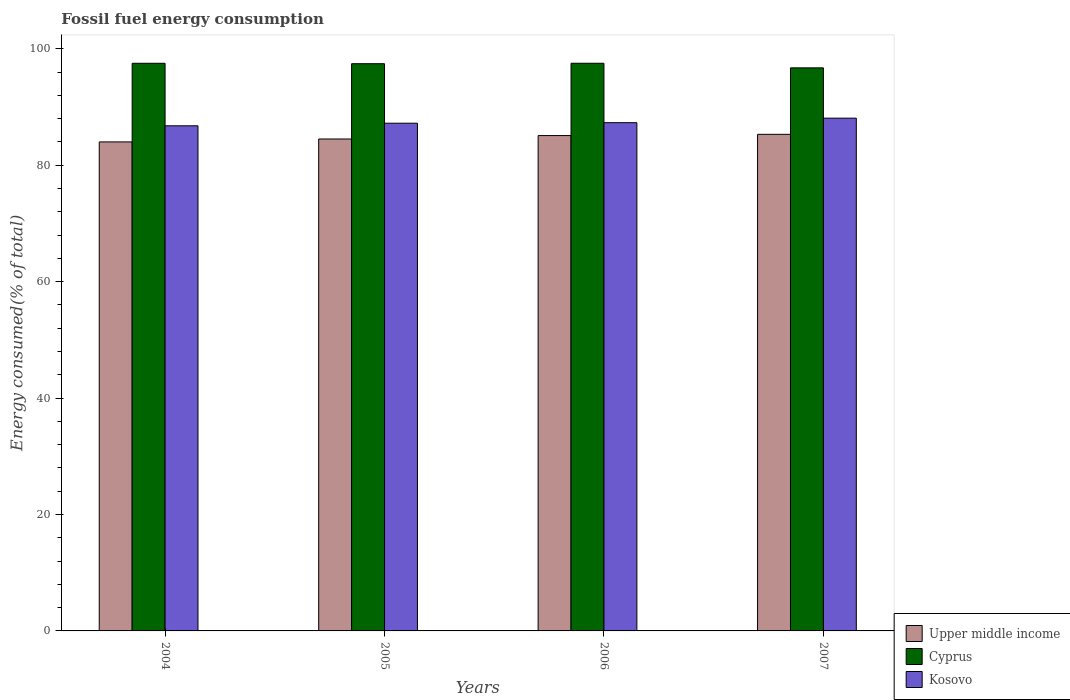
| Years | Upper middle income | Cyprus | Kosovo |
 | --- | --- | --- | --- |
 | 2004 | 84 | 97.5 | 86.8 |
 | 2005 | 84.5 | 97.4 | 87.2 |
 | 2006 | 85.1 | 97.5 | 87.3 |
 | 2007 | 85.3 | 96.7 | 88.1 |